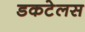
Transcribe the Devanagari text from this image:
डकटेलस